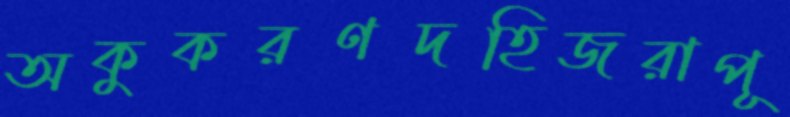
অকুকরণদহিজরাপূ